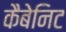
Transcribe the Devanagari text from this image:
कैबेनिट